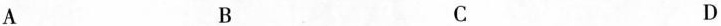
A B C D